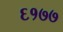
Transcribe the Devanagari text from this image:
६१७७